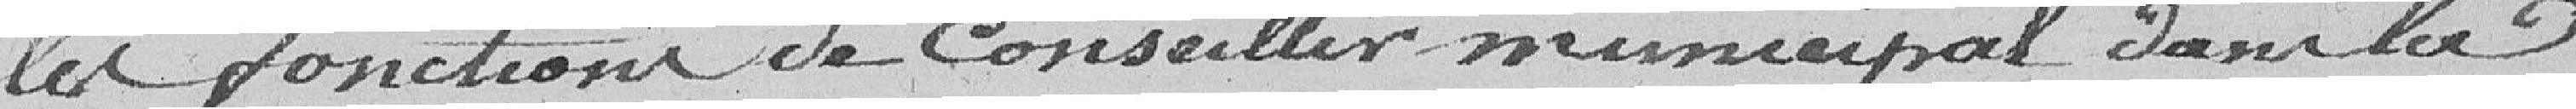
les fonctions de conseiller municipal dans la